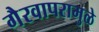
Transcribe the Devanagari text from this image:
गैरवापरामुळे